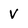
Character: V